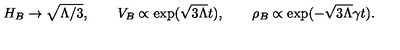
H _ { B } \to \sqrt { \Lambda / 3 } , \qquad V _ { B } \propto \exp ( \sqrt { 3 \Lambda } t ) , \qquad \rho _ { B } \propto \exp ( - \sqrt { 3 \Lambda } \gamma t ) .